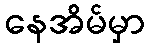
နေအိမ်မှာ